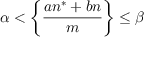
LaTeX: \alpha < { \biggl \{ } { \frac { a n ^ { * } + b n } { m } } { \biggr \} } \leq \beta